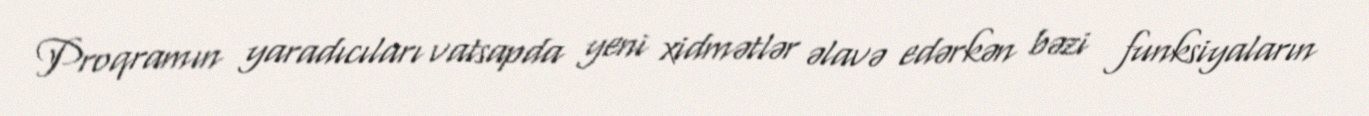
Proqramın yaradıcıları vatsapda yeni xidmətlər əlavə edərkən bəzi funksiyaların